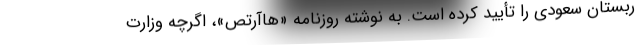
ربستان سعودی را تأیید کرده است. به نوشته روزنامه «هاآرتص»، اگرچه وزارت